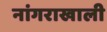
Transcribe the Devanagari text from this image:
नांगराखाली